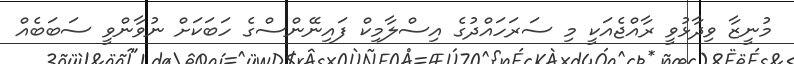
މުނީޒާ ވިދާޅުވީ ރާއްޖެއަކީ މި ސަރަހައްދުގެ އިސްލާމިކް ފައިނޭންސްގެ ހަބަކަށް ނުވާންވީ ސަބަބެއް